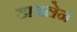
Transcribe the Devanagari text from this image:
डायलेन